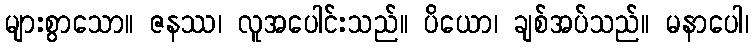
များစွာသော။ ဇနဿ၊ လူအပေါင်းသည်။ ပိယော၊ ချစ်အပ်သည်။ မနာပေါ၊